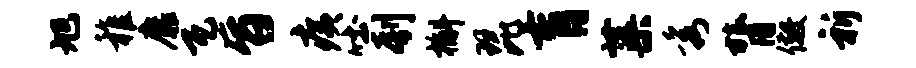
旭稚靡瓦旨痍吐刳槲琵肓蕖秀膂儆祈